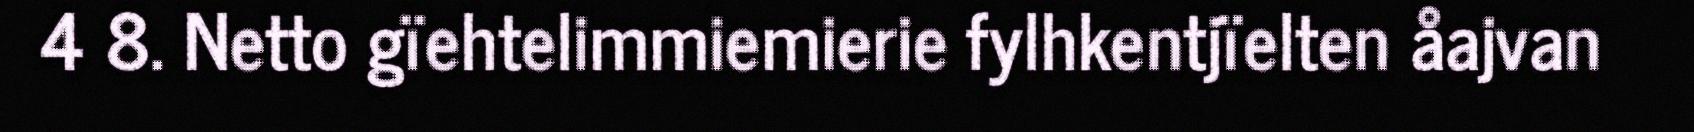
4 8. Netto gïehtelimmiemierie fylhkentjïelten åajvan